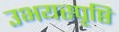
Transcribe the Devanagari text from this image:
उभयस्पृष्ठि